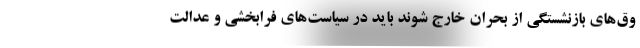
وق‌های بازنشستگی از بحران خارج شوند باید در سیاست‌های فرابخشی و عدالت